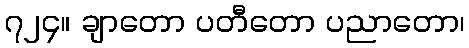
၇၂၄။ ချာတော ပတီတော ပညာတော၊